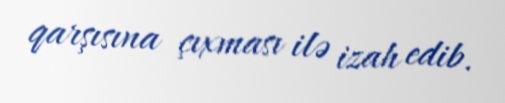
qarşısına çıxması ilə izah edib.